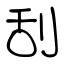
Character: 刮